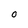
Character: O